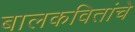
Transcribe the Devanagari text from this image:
बालकवितांचे